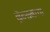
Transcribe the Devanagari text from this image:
ब्रॅन्सनच्या